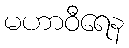
မဟာဝီရေန